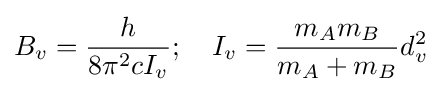
B_{v}={h \over {8\pi ^{2}cI_{v}}};\quad I_{v}={\frac {m_{A}m_{B}}{m_{A}+m_{B}}}d_{v}^{2}